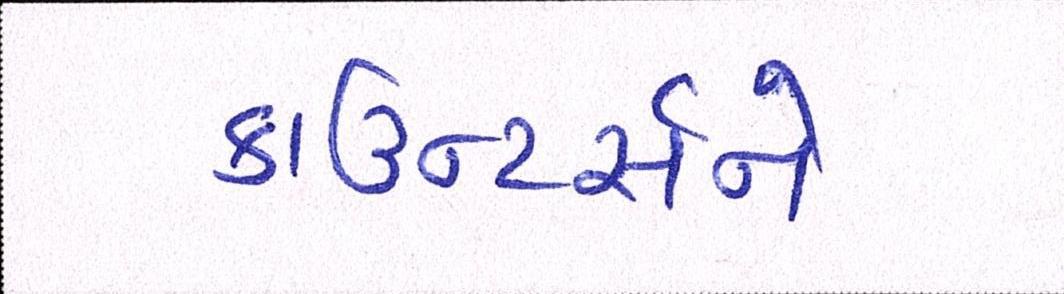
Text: કાઉન્ટર્સને